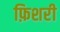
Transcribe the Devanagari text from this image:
फ़िशरी